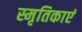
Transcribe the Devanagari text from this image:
स्मृतिकाएं